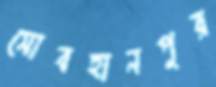
সোবহানপুর